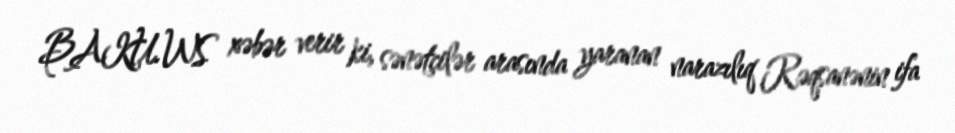
BAKU.WS xəbər verir ki, sənətçilər arasında yaranan narazılıq Rəqsanənin ifa